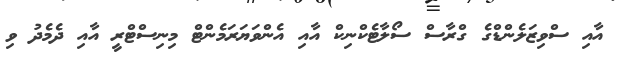
އާއި ސްވިޒަލެންޑްގެ ގްރާސް ސޯލާޓެކްނިކް އާއި އެންވަޔަރަމެންޓް މިނިސްޓްރީ އާއި ދެމެދު ވި